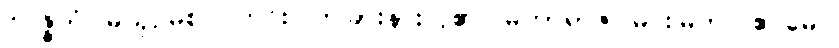
ဝိဝဇ္ဇိတံ၊ မယှဉ်မစပ် ကင်းပြတ်ခြားနားလှ၏။ မဟာရာဇ၊ မင်းမြတ်။ ဧဝမေဝ